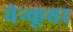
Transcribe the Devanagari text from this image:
वेन्कूवर